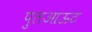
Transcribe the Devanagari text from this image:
पुलआऊट